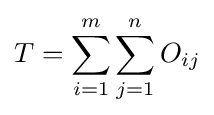
T=\sum _{i=1}^{m}\sum _{j=1}^{n}O_{ij}